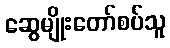
ဆွေမျိုးတော်စပ်သူ